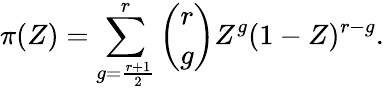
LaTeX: \pi(Z)=\sum_{g=\frac{r+1}{2}}^{r}\left(\begin{array}{cc}{r}\\ {g}\end{array}\right)Z^{g}(1-Z)^{r-g}.